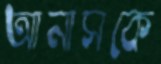
আনাসকে